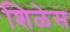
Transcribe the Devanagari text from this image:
शिळेस